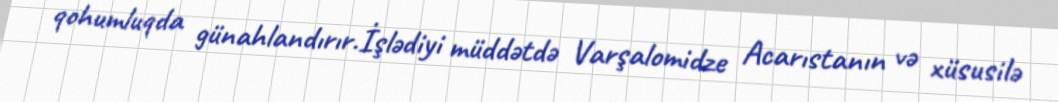
qohumluqda günahlandırır.İşlədiyi müddətdə Varşalomidze Acarıstanın və xüsusilə